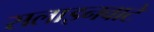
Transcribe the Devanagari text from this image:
सलाइनवाटे